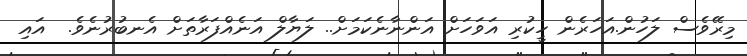
މިރޭވެސް ލަހުން.އަހަރެން ހީކުރި އަވަހަށް އަންނާނެކަމަށް.. ލަޔާލް އަނެއްފަރާތަށް އެނބުރުނެވެ.  އައި